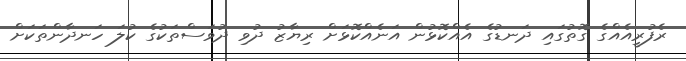
ރެފުރީއެއްގެ ގޮތުގައި ދަނޑުގެ އެއްކޮޅުން އަނެއްކޮޅަށް ރިޔާޒު ދުވި ދުވަސްތަކުގެ ކުލަ ހަނދާންތަކަށް